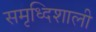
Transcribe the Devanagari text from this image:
समृध्दिशाली